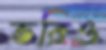
ভরিও